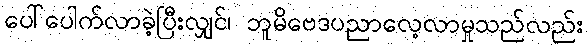
ပေါ်ပေါက်လာခဲ့ပြီးလျှင်၊ ဘူမိဗေဒပညာလေ့လာမှုသည်လည်း